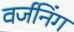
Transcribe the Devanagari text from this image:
वर्जनिंग